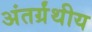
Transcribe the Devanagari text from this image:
अंतर्ग्रंथीय